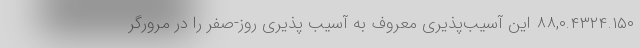
۸۸,۰.۴۳۲۴.۱۵۰ این آسیب‌پذیری معروف به آسیب پذیری روز-صفر را در مرورگر